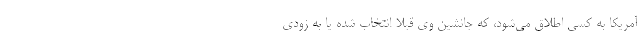
آمریکا به کسی اطلاق می‌شود، که جانشین وی قبلا انتخاب شده یا به زودی